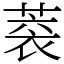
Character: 𦶧